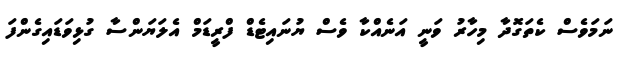
ނަމަވެސް ކެތަގޮދާ މިހާރު ވަނީ އަނެއްކާ ވެސް ޔުނައިޓެޑް ފްރީޑަމް އެލަޔަންސާ ގުޅިވަޑައިގެންފަ